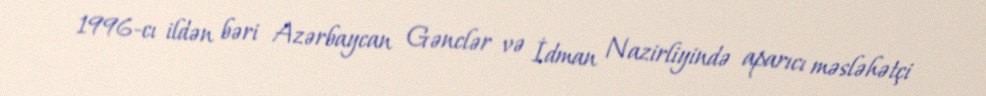
1996-cı ildən bəri Azərbaycan Gənclər və İdman Nazirliyində aparıcı məsləhətçi